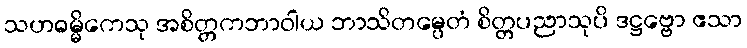
သဟဓမ္မိကေသု အစိတ္တကဘာဝါယ ဘာသိတမ္ပေတံ စိတ္တပညာသုပိ ဒဋ္ဌဗ္ဗော ဧသာ